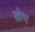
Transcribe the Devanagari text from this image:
स्त्रेण